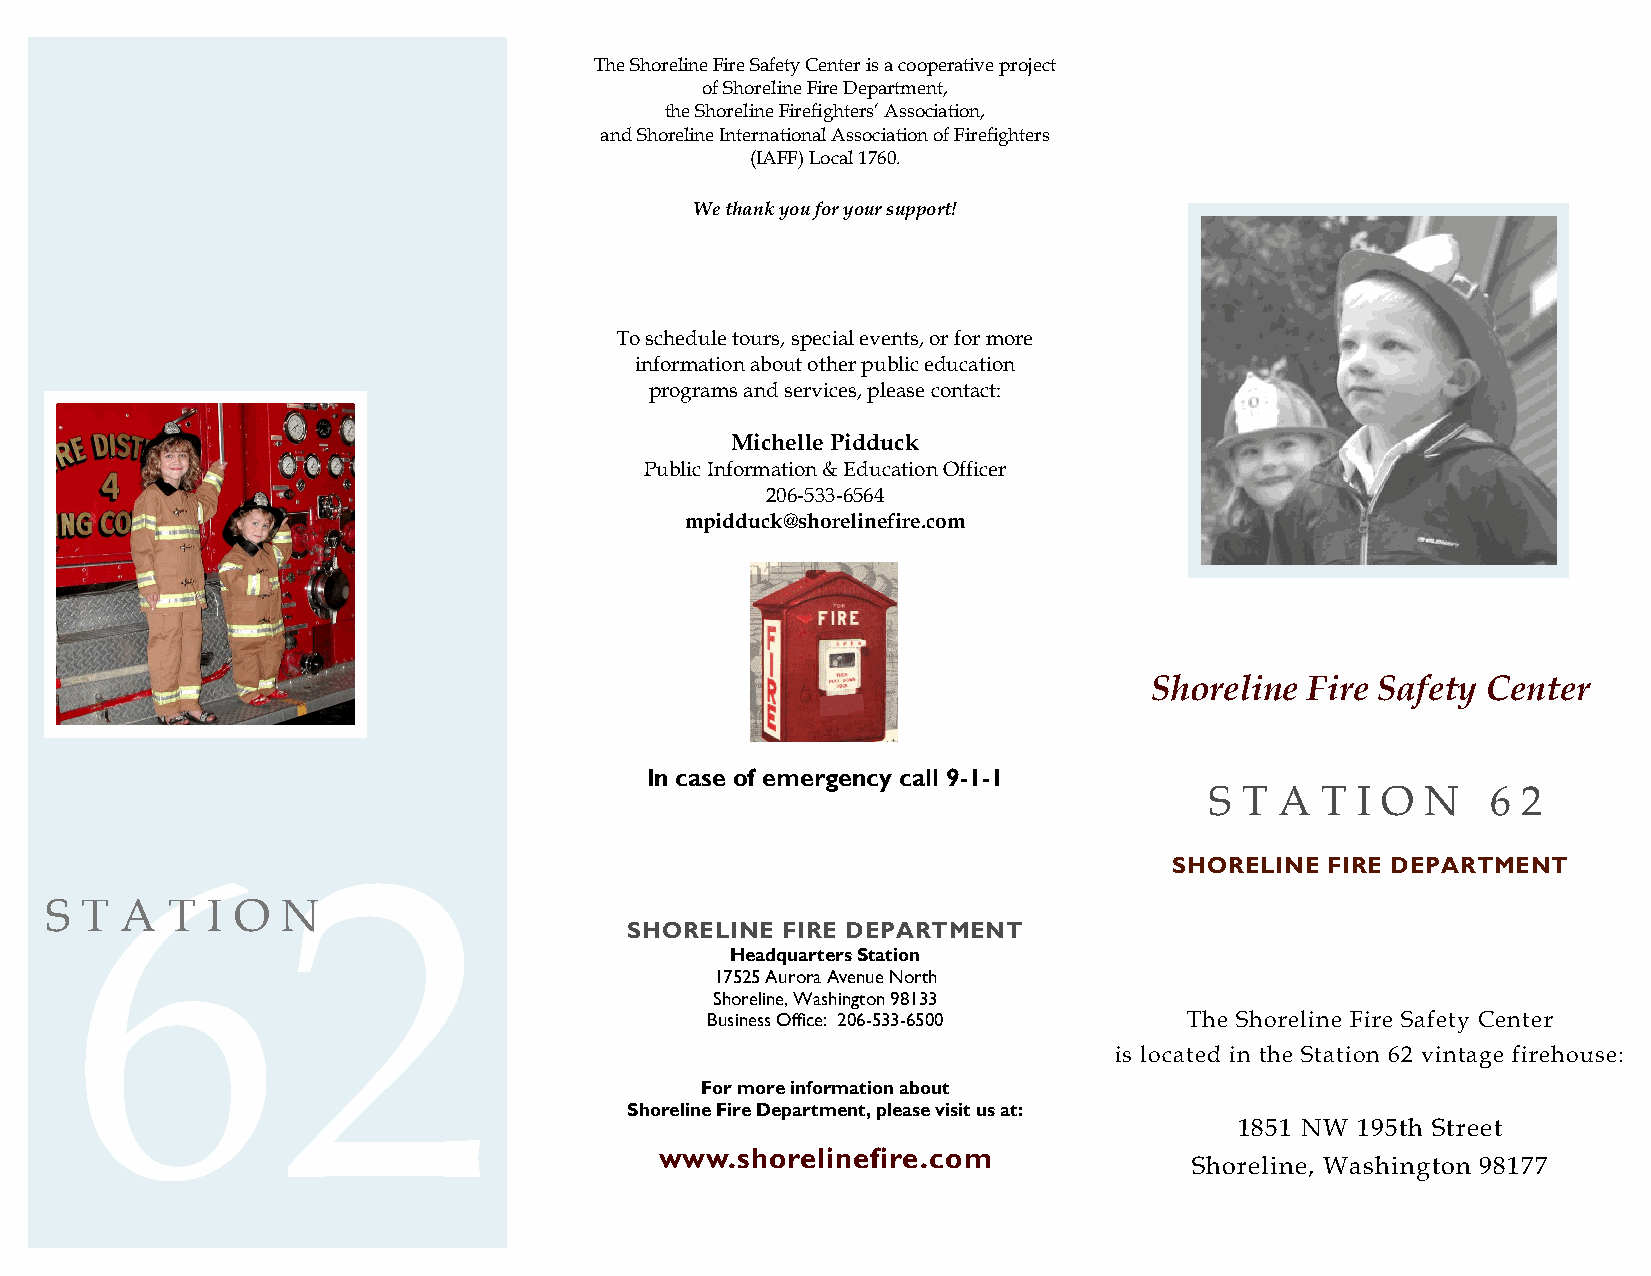
The Shoreline Fire Safety Center is a cooperative project
 of Shoreline Fire Department,
 the Shoreline Firefighters’ Association,
 and Shoreline International Association of Firefighters
 (IAFF) Local 1760.
 We thank you for your support!
 To schedule tours, special events, or for more
 information about other public education
 programs and services, please contact:
 Michelle Pidduck
 Public Information & Education Officer
 206-533-6564
 mpidduck@shorelinefire.com
 Shoreline  Fire Safety Center
 In case of emergency call 9-1-1
 S T  A T  I O N    6 2
 SHORELINE FIRE DEPARTMENT
 62
 S T  A  T  I O  N
 SHORELINE  FIRE DEPARTMENT
 Headquarters Station
 17525 Aurora Avenue North
 Shoreline, Washington 98133
 Business Office: 206-533-6500   The Shoreline Fire Safety Center
 is located in the Station 62 vintage firehouse:
 For more information about
 Shoreline Fire Department, please visit us at:
 1851 NW 195th Street
 www.shorelinefire.com
 Shoreline, Washington 98177